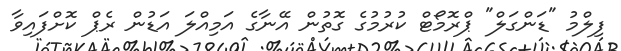
ފިލްމު "ޑަންގަލް" ޕްރޮމޯޓް ކުރުމުގެ ގޮތުން އޭނާގެ އަމިއްލަ އަޑުން ރެޕް ކޮށްފައިވާ